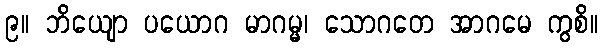
၉။ ဘိယျော ပယောဂ မာဂမ္မ၊ သောဂတေ အာဂမေ ကွစိ။